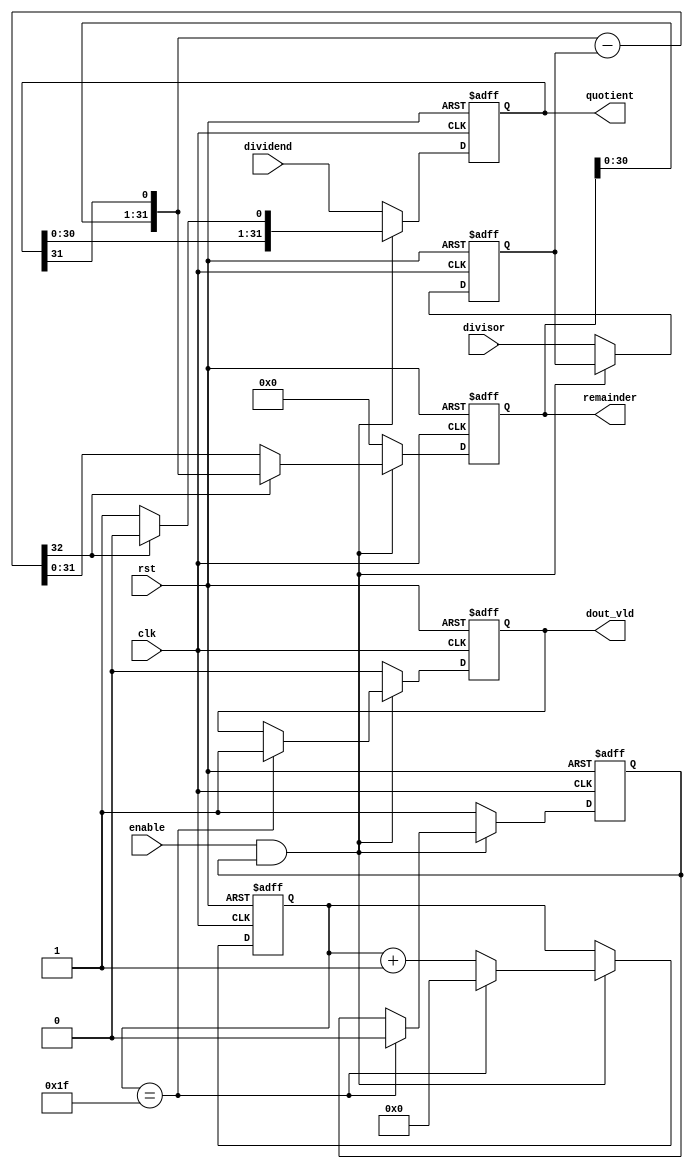
`timescale 1ns / 1ps
//////////////////////////////////////////////////////////////////////////////////
// Company: 
// Engineer: 
// 
// Design Name: 
// Module Name: divider
// Project Name: 
// Target Devices: 
// Tool Versions: 
// Description: 
// 
// Dependencies: 
// 
// Revision:
// Revision 0.01 - File Created
// Additional Comments:
// 
//////////////////////////////////////////////////////////////////////////////////


module divider
    #(
        parameter WIDTH = 32,
        parameter CBIT = 5
    )
    (
    clk,
    rst,
    enable,
    dividend,
    divisor,
    quotient, 
    remainder,
    dout_vld
    );

    input               clk;
    input               rst;
    input               enable;
    input   [WIDTH-1:0] dividend;
    input   [WIDTH-1:0] divisor;

    output  [WIDTH-1:0] quotient;
    output  [WIDTH-1:0] remainder;
    output              dout_vld;


    reg     [WIDTH-1:0] divisor_reg;
    reg     [WIDTH-1:0] quotient;
    reg     [WIDTH-1:0] remainder;
    wire    [WIDTH:0]   sub_result;

    reg     [CBIT-1:0]  cnt;
    reg                 dout_vld;
    reg                 active;
    //
    assign sub_result = {remainder[WIDTH-2:0],quotient[WIDTH-1]} - divisor_reg;

    always @(posedge clk or negedge rst) begin
        if(!rst) begin
            quotient        <= 'd0;
            remainder       <= 'd0;
            divisor_reg     <= 'd0;          
        end  
        else if(enable && active) begin
            if(sub_result[WIDTH]==0) begin
                remainder   <= sub_result[WIDTH-1:0];
                quotient    <= {quotient[WIDTH-2:0],1'b1};
            end
            else begin
                remainder   <= {remainder[WIDTH-2:0],quotient[WIDTH-1]};
                quotient    <= {quotient[WIDTH-2:0],1'b0};
            end 
        end
        else begin
            quotient        <= dividend;
            remainder       <= 'd0;
            divisor_reg     <= divisor;
        end
    end


    always @(posedge clk or negedge rst) begin
        if(!rst) begin
            cnt         <= 'd0;
            active      <= 1'b0;    
            dout_vld    <= 1'b0;
        end
        else if(enable && active) begin
            if(cnt == WIDTH-1) begin
                cnt         <= 'd0;
                active      <= 1'b0;
                dout_vld    <= 1'b1;
            end 
            else begin
                cnt         <= cnt + 1'b1;
            end
        end
        else begin
            active          <= 1'b1;
            dout_vld        <= 1'b0;
        end 
    end

endmodule